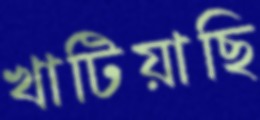
খাটিয়াছি